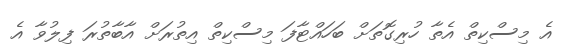
އެ މިސްކިތް އެތާ ހުރިގޮތަށް ބަހައްޓާފަ މިސްކިތް އިތުރަށް އާބާތުރަ ފިލުވާ އެ